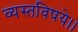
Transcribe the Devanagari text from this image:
व्यस्तविषये।।